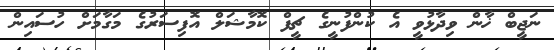
ނަޖީބް ޚާން ވިދާޅުވީ އެ ކުންފުނީގެ ޗީފް ކޮމާޝަލް އޮފިސަރުގެ މަގާމަށް ހުސައިން